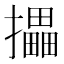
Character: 攂